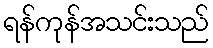
ရန်ကုန်အသင်းသည်